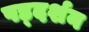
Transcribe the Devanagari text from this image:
षड्‌दर्शन